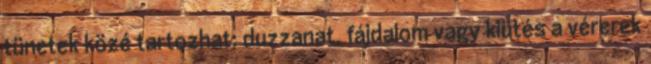
tünetek közé tartozhat: duzzanat, fájdalom vagy kiütés a vérerek